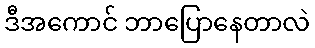
ဒီအကောင် ဘာပြောနေတာလဲ